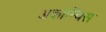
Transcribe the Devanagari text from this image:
अकाम्बिस